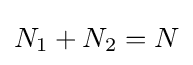
N_{1}+N_{2}=N